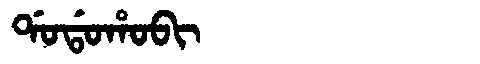
Manchu: ᡩᠣᡩᠣᡥᠣᠪᡳ
Romanization: DODOHOBI